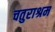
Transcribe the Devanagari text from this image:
चतुराश्रम